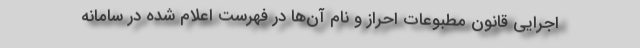
اجرایی قانون مطبوعات احراز و نام آن‌ها در فهرست اعلام شده در سامانه